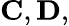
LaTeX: \mathbf{C},\mathbf{D},